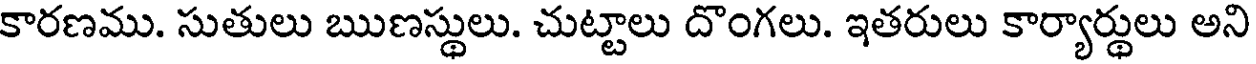
కారణము. సుతులు ఋణస్థులు. చుట్టాలు దొంగలు. ఇతరులు కార్యార్థులు అని